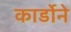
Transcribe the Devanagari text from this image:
कार्डोने